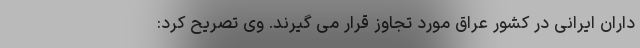
داران ایرانی در کشور عراق مورد تجاوز قرار می گیرند. وی تصریح کرد: